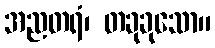
အညတရံ၊ တခုခုသော။